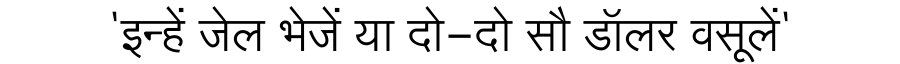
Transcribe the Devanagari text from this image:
'इन्हें जेल भेजें या दो-दो सौ डॉलर वसूलें'